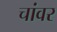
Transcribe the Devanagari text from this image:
चांवर